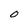
Character: o